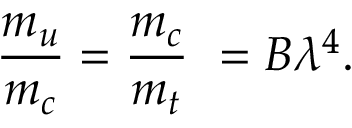
{ \frac { m _ { u } } { m _ { c } } } = { \frac { m _ { c } } { m _ { t } } } \ = B \lambda ^ { 4 } .